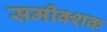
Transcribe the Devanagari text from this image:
समीक्शक